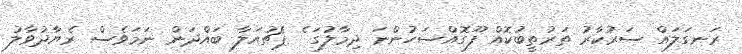
ރަނގަލައް ސަރުކާރު ތަރުތީބުކޮއް ފޫގޮއްސަހުންނަ ދިމާލުގަ ެެެެެެެެެެެެެެެެެެެެެ ޕެޗުއަލާ ބައްދަން ނަމަވެސް ރެޔާދުވާލު